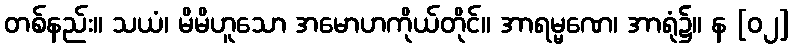
တစ်နည်း။ သယံ၊ မိမိဟူသော အမောဟကိုယ်တိုင်။ အာရမ္မဏေ၊ အာရုံ၌။ န [၀၂]